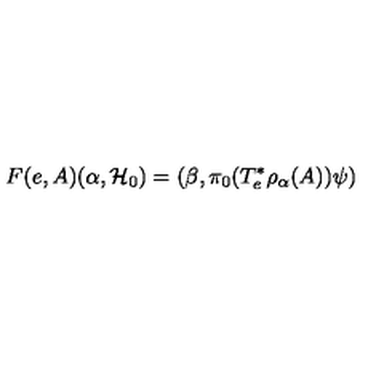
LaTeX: F ( e , A ) ( \alpha , { \cal H } _ { 0 } ) = ( \beta , \pi _ { 0 } ( T _ { e } ^ { * } \rho _ { \alpha } ( A ) ) \psi )